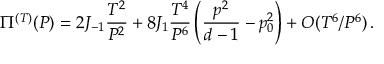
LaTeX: \Pi ^ { ( T ) } ( P ) = 2 J _ { - 1 } { \frac { T ^ { 2 } } { P ^ { 2 } } } + 8 J _ { 1 } { \frac { T ^ { 4 } } { P ^ { 6 } } } \left( { \frac { p ^ { 2 } } { d - 1 } } - p _ { 0 } ^ { 2 } \right) + O ( T ^ { 6 } / P ^ { 6 } ) \, .